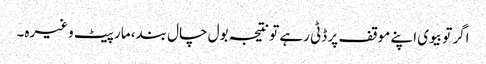
اگر تو بیوی اپنے موقف پر ڈٹی رہے تو نتیجہ بول چال بند، مار پیٹ وغیرہ۔